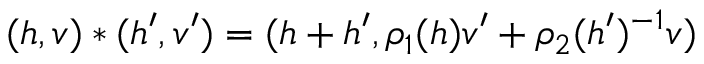
( h , v ) \ast ( h ^ { \prime } , v ^ { \prime } ) = ( h + h ^ { \prime } , \rho _ { 1 } ( h ) v ^ { \prime } + \rho _ { 2 } ( h ^ { \prime } ) ^ { - 1 } v )